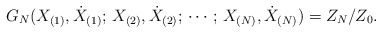
\begin{align*}G_N (X_{(1)},\dot{X}_{(1)}; \, X_{(2)},\dot{X}_{(2)}; \, \cdots; \,X_{(N)}, \dot{X}_{(N)}) = Z_N/Z_0. \end{align*}